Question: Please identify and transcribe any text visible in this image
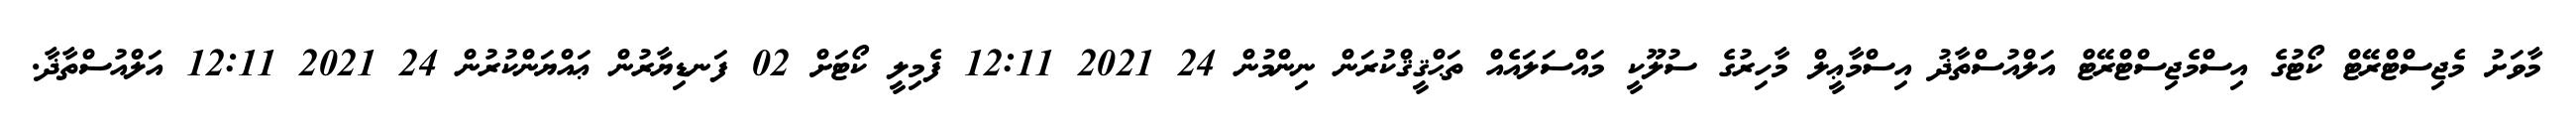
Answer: މާވަށު މެޖިސްޓްރޭޓް ކޯޓުގެ އިސްމެޖިސްޓްރޭޓް އަލްއުސްތާޛު އިސްމާޢީލް މާހިރުގެ ސުލޫކީ މައްސަލައެއް ތަޙްޤީޤްކުރަން ނިންމުން 24 2021 12:11 ފެމިލީ ކޯޓަށް 02 ފަނޑިޔާރުން ޢައްޔަންކުރުން 24 2021 12:11 އަލްއުސްތާޛާ.